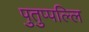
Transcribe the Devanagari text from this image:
पुतुप्पल्लि